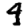
Digit: 4